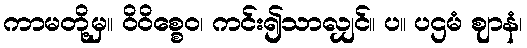
ကာမတို့မှ။ ဝိဝိစ္စေဝ၊ ကင်း၍သာလျှင်။ ပ။ ပဌမံ ဈာနံ၊